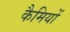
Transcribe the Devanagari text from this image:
कैमियों